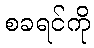
စခရင်ကို